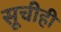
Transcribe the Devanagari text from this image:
सूचीही